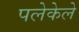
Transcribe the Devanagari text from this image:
पलेकेले